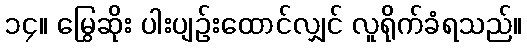
၁၄။ မြွေဆိုး ပါးပျဉ်းထောင်လျှင် လူရိုက်ခံရသည်။